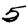
Digit: 5